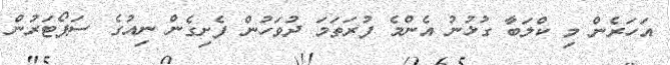
އަހަރެން މި ކްލަބާ ގުޅުނު އެންމެ ފުރަތަމަ ދުވަހުން ފެށިގެން ނިއުގެ ސަޕޯޓަރުން